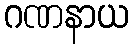
ဂဏနာယ